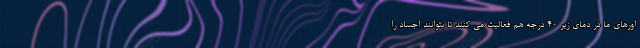
اورهای ما در دمای زیر ۴۰ درجه هم فعالیت می کنند تا بتوانند اجساد را